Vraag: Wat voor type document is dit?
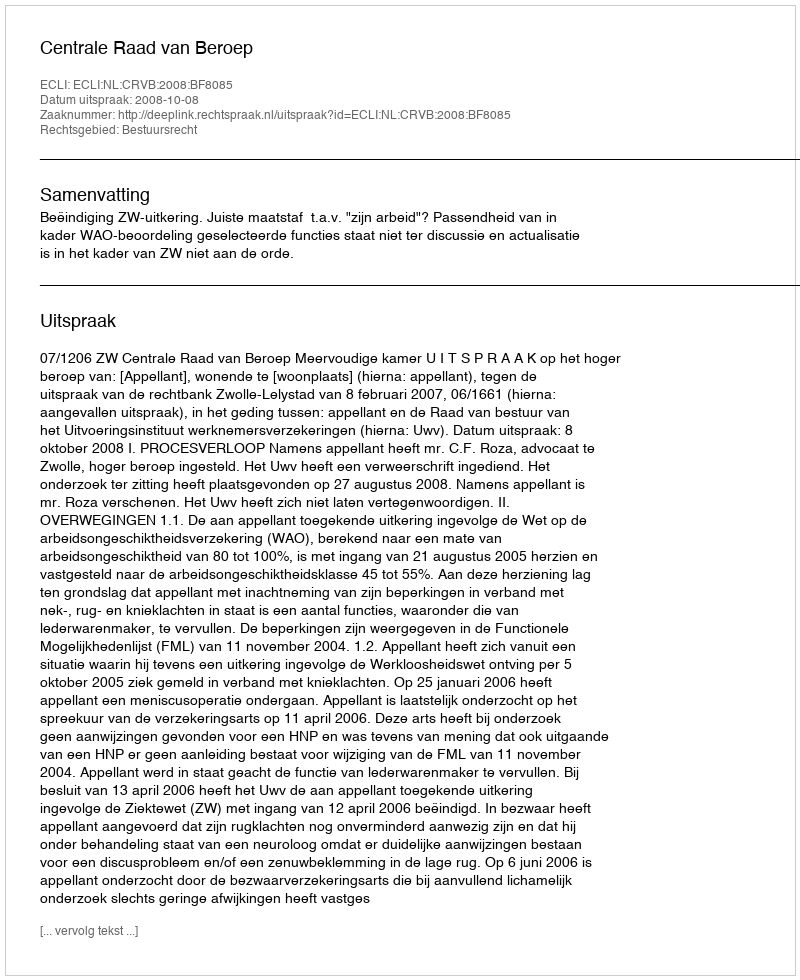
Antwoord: Uitspraak